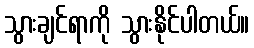
သွားချင်ရာကို သွားနိုင်ပါတယ်။